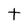
Character: t